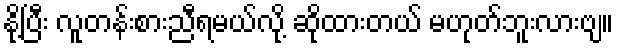
နို့ပြီး လူတန်းစားညီရမယ်လို့ ဆိုထားတယ် မဟုတ်ဘူးလားဗျ။